Trukikaitis_Postimees, lk 47
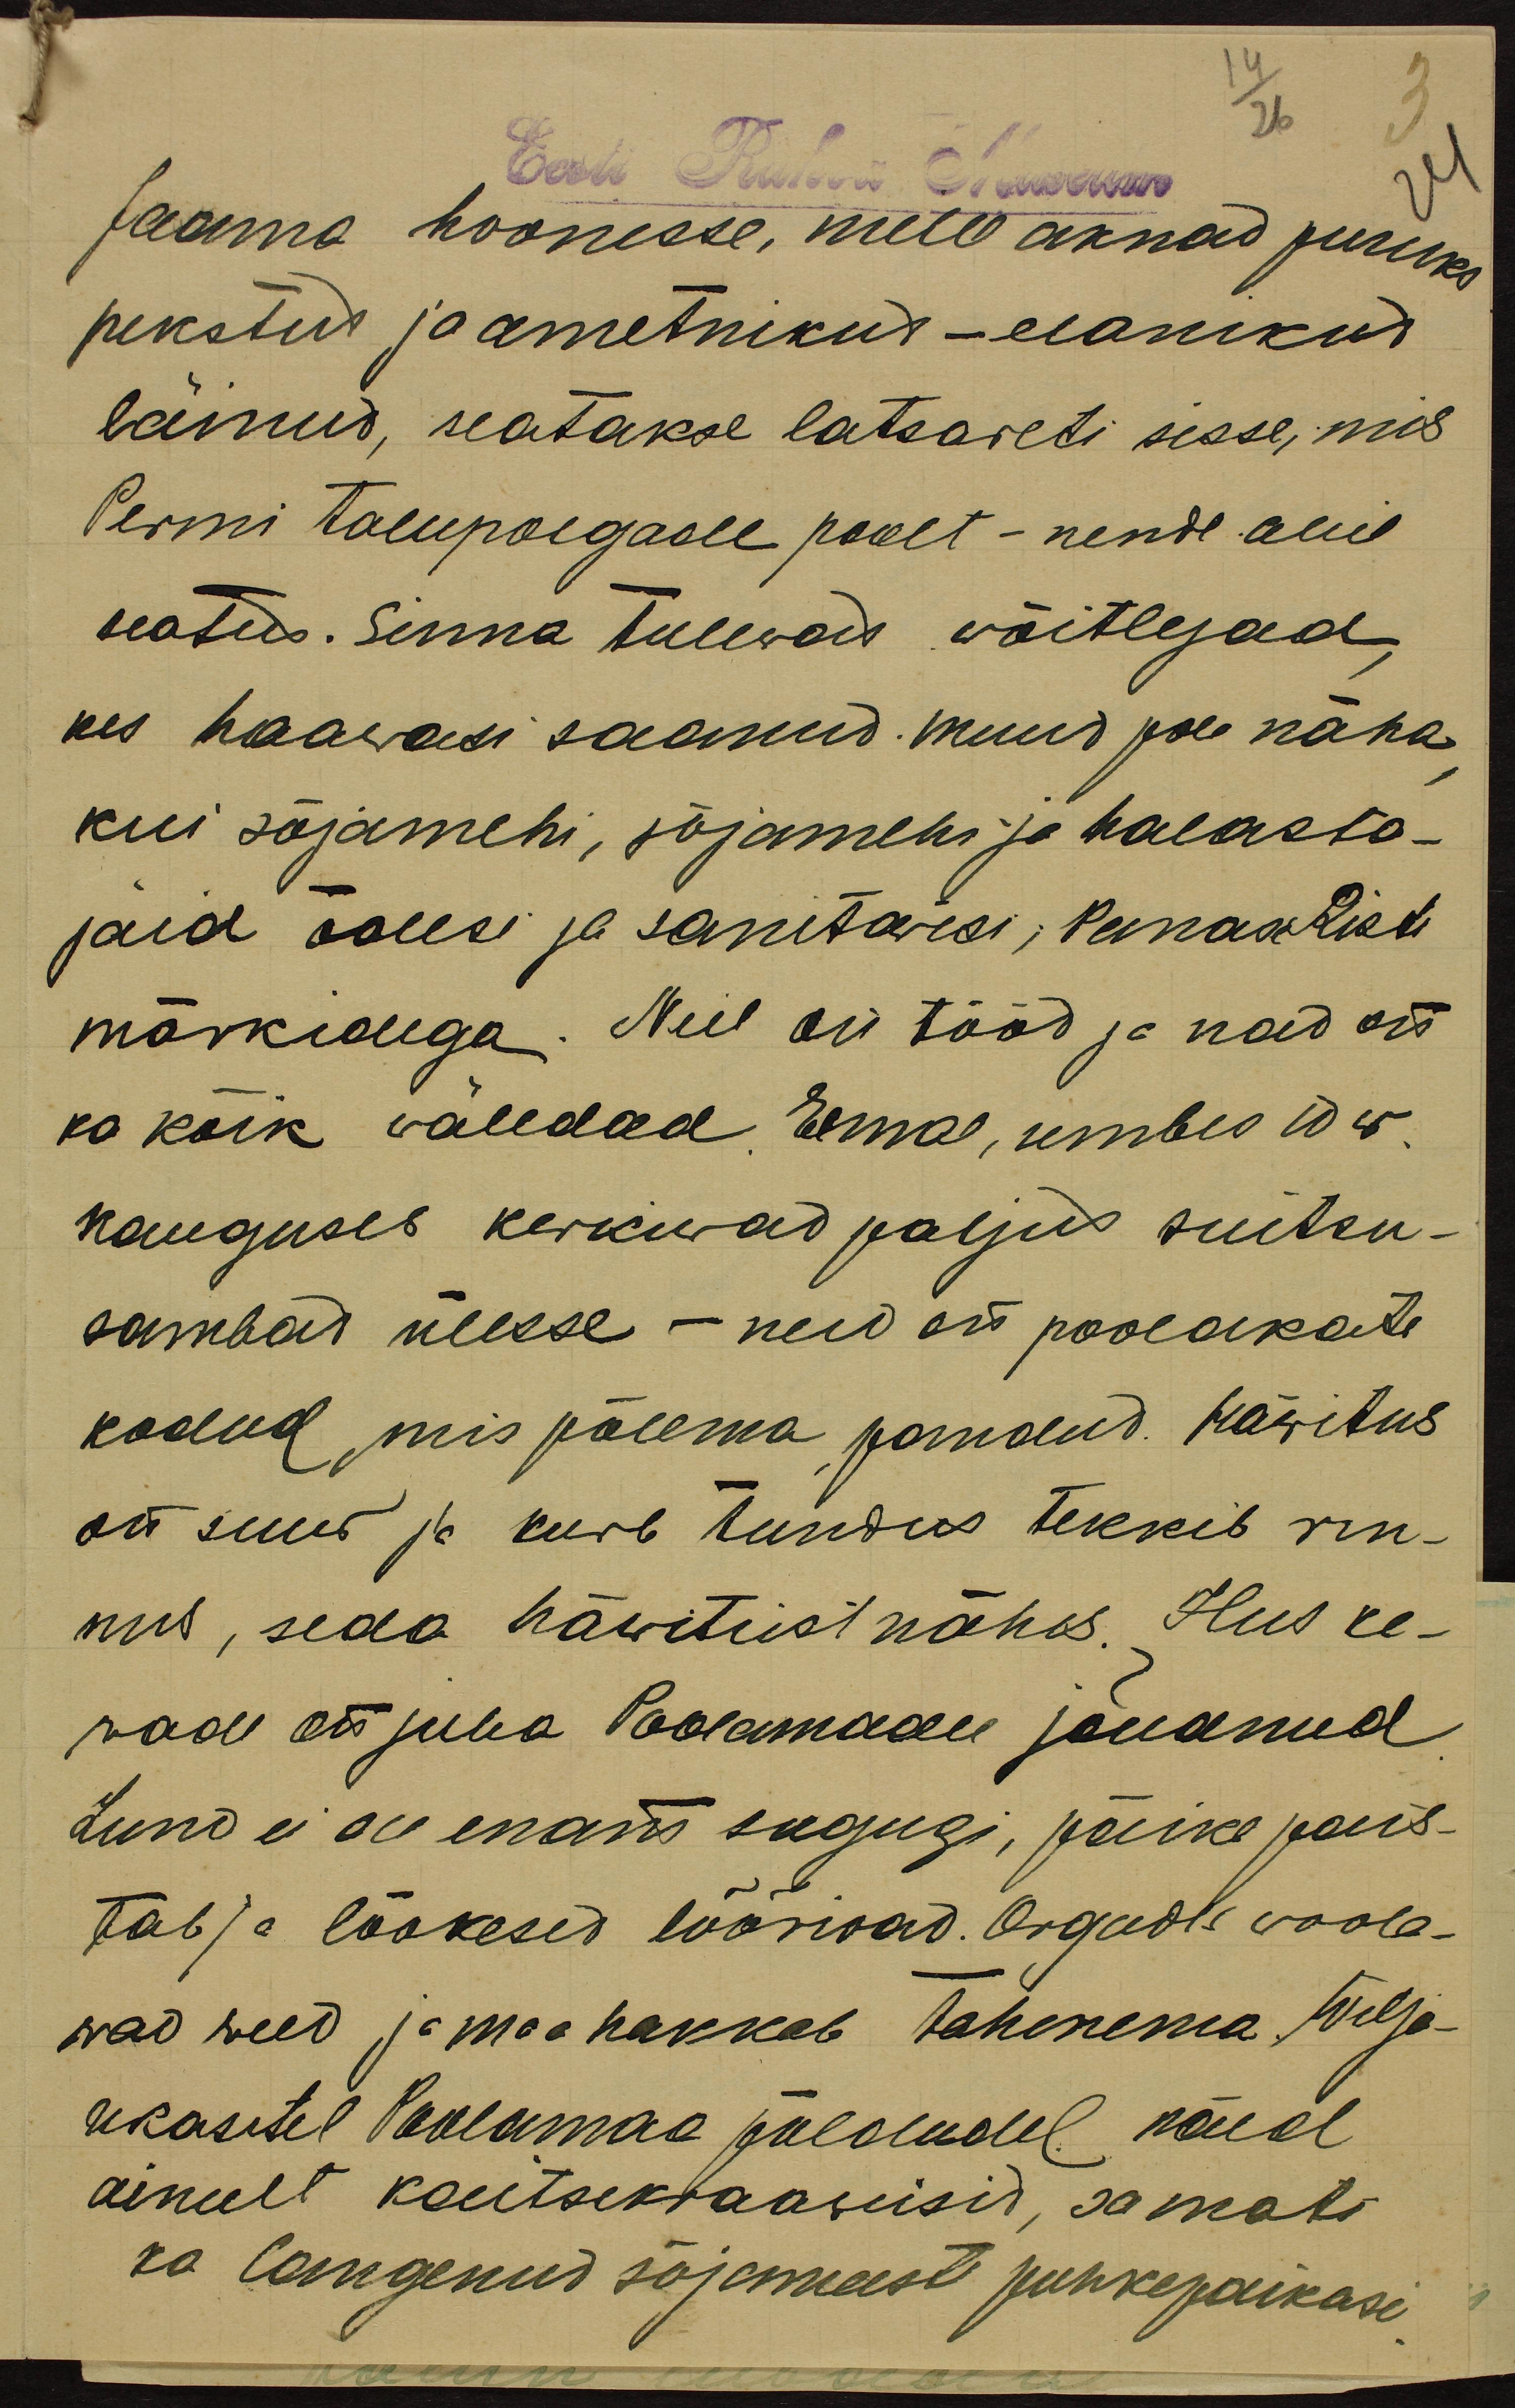
14
26
3
Eesti Rahva Museum
Jaama hoonesse, mille aknad puruks
pekstud ja ametnikud-elanikud
läinud, seatakse latsareti sisse, mis
Permi talupoegade poolt - nende abil
seatud. Sinna tulewad wõitlejad
kes haawasi saanud. Muud pole näha,
kui sõjamehi, sõjamehi ja halasta-
jaid õdesi ja sanitarisi, Punase Risti
märkidega. Neil on tööd ja nad on
ka kõik väledad. Eemal, umbes 10 w.
kauguses kerkiwad paljud suitsu-
sambad ülesse – need on poolakate
kodud, mis põlema pandud. Häwitus
on suur ja kurb tundus tekkib rin-
nus, seda häwitust nähes. Ilus ke-
vade on juba Poolamaale jõudnud.
Lund ei ole enam sugugi, päike pais-
tab ja lõokesed lõõrivad. Orgude woola-
wad weed ja maa hakkab tahenema, wilja-
ukasetel Poolamaa päewadel näed
ainult kaitsekraawisid, samati
ka langenud sõjemeeste puhkepaikasi